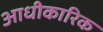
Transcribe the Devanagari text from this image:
आधीकारिक